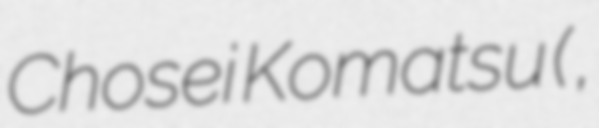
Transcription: Chosei Komatsu (小松 長生,